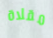
مقلاة